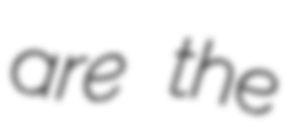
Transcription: are the